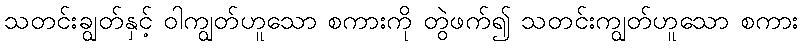
သတင်းချွတ်နှင့် ဝါကျွတ်ဟူသော စကားကို တွဲဖက်၍ သတင်းကျွတ်ဟူသော စကား